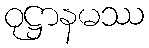
ဝုဋ္ဌာနမဿ